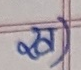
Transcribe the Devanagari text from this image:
ख